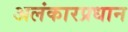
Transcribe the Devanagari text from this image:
अलंकारप्रधान